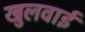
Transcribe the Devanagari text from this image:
खुलवाईं